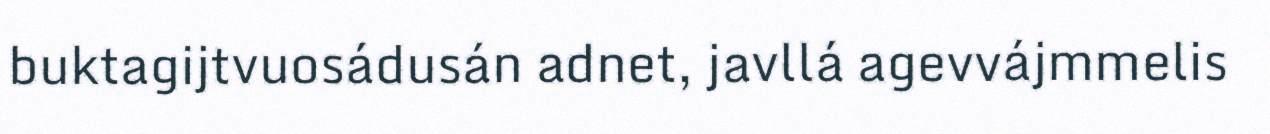
buktagijtvuosádusán adnet, javllá agevvájmmelis